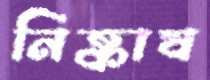
নিষ্কাষ